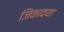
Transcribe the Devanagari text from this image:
जिंकावया